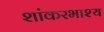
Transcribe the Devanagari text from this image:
शांकरभाश्य